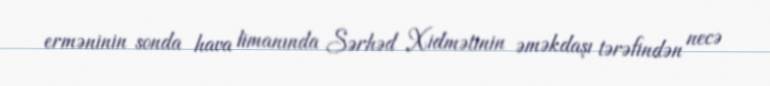
erməninin sonda hava limanında Sərhəd Xidmətinin əməkdaşı tərəfindən necə